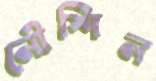
নৌশিন